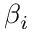
\beta _ { i }